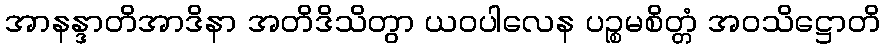
အာနန္ဒာတိအာဒိနာ အတိဒိသိတွာ ယဝပါလေန ပဉ္စမစိတ္တံ အဝသိဋ္ဌောတိ